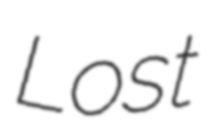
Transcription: Lost